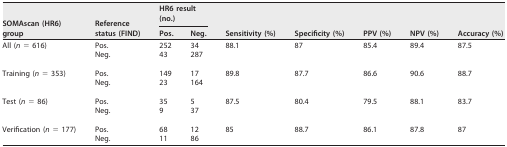
<table><thead><tr><td rowspan="2"><b>SOMAscan (HR6) group</b></td><td rowspan="2"><b>Reference status (FIND)</b></td><td colspan="2"><b>HR6 result (no.)</b></td><td rowspan="2"><b>Sensitivity (%)</b></td><td rowspan="2"><b>Specificity (%)</b></td><td rowspan="2"><b>PPV (%)</b></td><td rowspan="2"><b>NPV (%)</b></td><td rowspan="2"><b>Accuracy (%)</b></td></tr><tr><td><b>Pos.</b></td><td><b>Neg.</b></td></tr></thead><tbody><tr><td>All (<i>n</i> = 616)</td><td>Pos.</td><td>252</td><td>34</td><td>88.1</td><td>87</td><td>85.4</td><td>89.4</td><td>87.5</td></tr><tr><td></td><td>Neg.</td><td>43</td><td>287</td><td></td><td></td><td></td><td></td><td></td></tr><tr><td>Training (<i>n</i> = 353)</td><td>Pos.</td><td>149</td><td>17</td><td>89.8</td><td>87.7</td><td>86.6</td><td>90.6</td><td>88.7</td></tr><tr><td></td><td>Neg.</td><td>23</td><td>164</td><td></td><td></td><td></td><td></td><td></td></tr><tr><td>Test (<i>n</i> = 86)</td><td>Pos.</td><td>35</td><td>5</td><td>87.5</td><td>80.4</td><td>79.5</td><td>88.1</td><td>83.7</td></tr><tr><td></td><td>Neg.</td><td>9</td><td>37</td><td></td><td></td><td></td><td></td><td></td></tr><tr><td>Verification (<i>n</i> = 177)</td><td>Pos.</td><td>68</td><td>12</td><td>85</td><td>88.7</td><td>86.1</td><td>87.8</td><td>87</td></tr><tr><td></td><td>Neg.</td><td>11</td><td>86</td><td></td><td></td><td></td><td></td><td></td></tr></tbody></table>